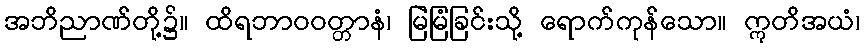
အဘိညာဏ်တို့၌။ ထိရဘာဝဝတ္တာနံ၊ မြဲမြံခြင်းသို့ ရောက်ကုန်သော။ ဣတိအယံ၊